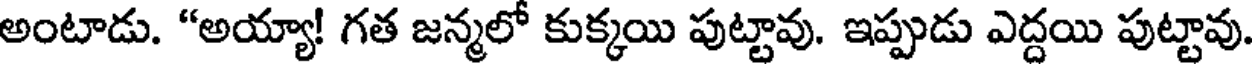
అంటాడు. "అయ్యా! గత జన్మలో కుక్కయి పుట్టావు. ఇప్పుడు ఎద్దయి పుట్టావు.